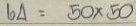
64 = 50 x 50